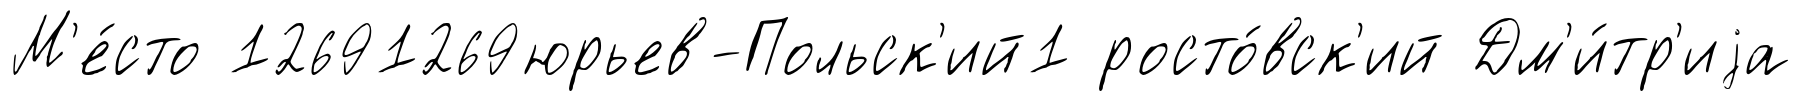
М'е́сто 12691269юрьев-Польск'ий1 росто́вск'ий Дм'и́тр'иjа